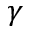
\gamma